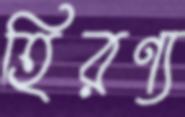
হিরণ্য